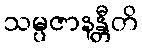
သမ္ပဇာနန္တီတိ